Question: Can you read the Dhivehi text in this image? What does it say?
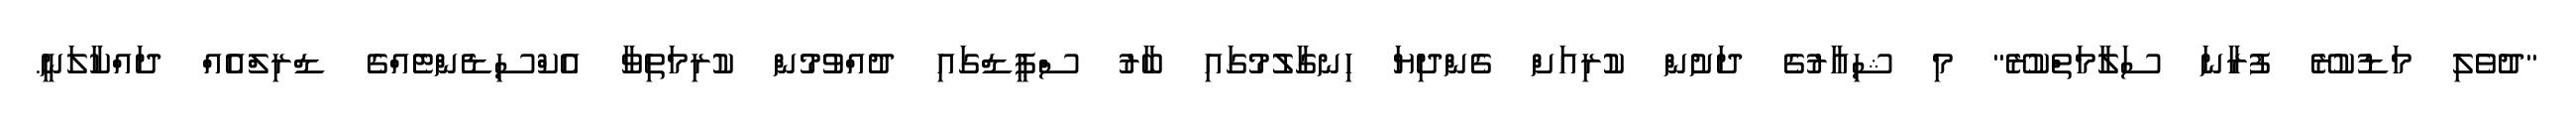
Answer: "ދުވެލި މަޑުކުރޭ ފުރާނަ ސަލާމަތްކުރޭ" މި ޝިއާރުގެ ދަށުން ކުރިއަށް ގެންދިޔަ ހިނގާލުމުގައި ބާރު ސްޕީޑްގައި ދުއްވުމުން ކުރިމަތިވާ އެކްސިޑެންޓެއްގެ ޑްރިލްއެއް ދައްކާލަނީ.